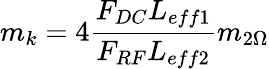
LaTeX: m_{k}=4\frac{F_{DC}L_{eff1}}{F_{RF}L_{eff2}}m_{2\Omega}